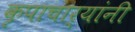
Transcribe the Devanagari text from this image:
कृपाचार्यांनी